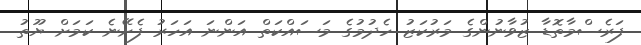
ފަރެސްމާތޮޑާ ޒުވާނުންގެ މަރުކަޒު ހެދުމުގެ މަސައްކަތް އަންނަ އަހަރު ފެށޭނެ ކަމަށް ޔޫތު